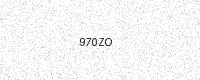
Text: 970ZO